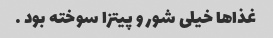
غذاها خیلی شور و پیتزا سوخته بود …